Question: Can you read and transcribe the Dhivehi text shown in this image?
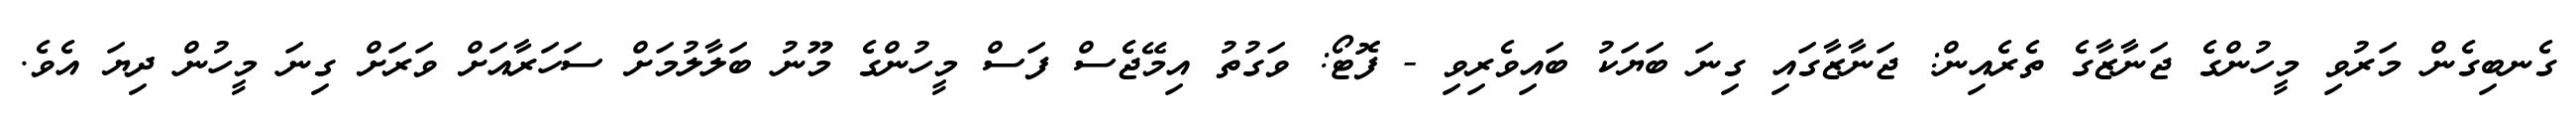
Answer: ގެނބިގެން މަރުވި މީހުންގެ ޖަނާޒާގެ ތެރެއިން: ޖަނާޒާގައި ގިނަ ބަޔަކު ބައިވެރިވި - ފޮޓޯ: ވަގުތު އިމޭޖެސް ފަސް މީހުންގެ މޫނު ބަލާލުމަށް ސަހަރާއަށް ވަރަށް ގިނަ މީހުން ދިޔަ އެވެ.